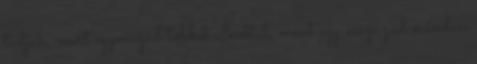
tudjuk, mert egymagad többet alkottál, mint egy évszázad minden